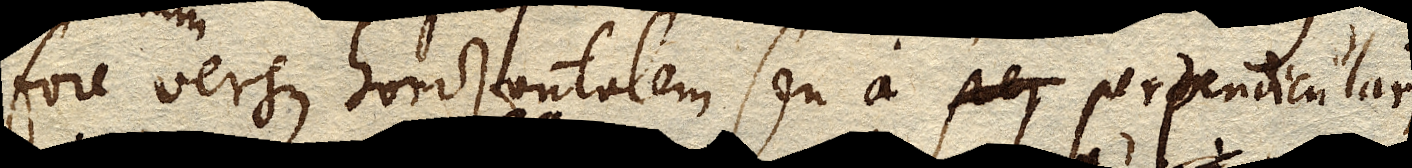
fore versus horizontalem seu a per perpendiculari,